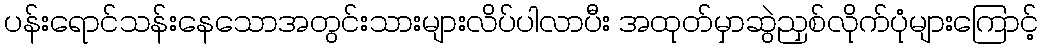
ပန်းရောင်သန်းနေသောအတွင်းသားများလိပ်ပါလာပီး အထုတ်မှာဆွဲညှစ်လိုက်ပုံများကြောင့်